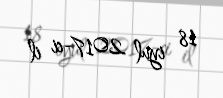
18 iyul 2017-ci il